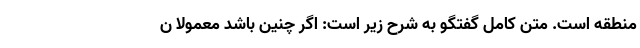
منطقه است. متن کامل گفتگو به شرح زیر است: اگر چنین باشد معمولاً ن